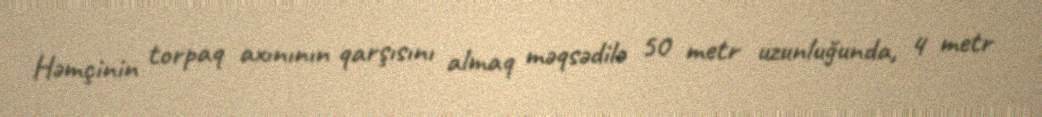
Həmçinin torpaq axınının qarşısını almaq məqsədilə 50 metr uzunluğunda, 4 metr